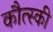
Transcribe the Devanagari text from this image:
कौत्स्की